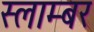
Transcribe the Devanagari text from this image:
स्लाम्बर